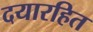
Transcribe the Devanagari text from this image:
दयारहित